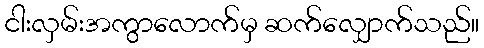
ငါးလှမ်းအကွာလောက်မှ ဆက်လျှောက်သည်။